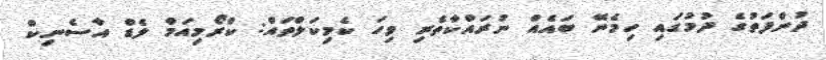
ދުންފަތުގެ ދުމުގައި ހިމެނޭ ބައެއް ނުރައްކާތެރި ވިހަ ކެމިކަލްތައް: ކްރޯމިއަމް ލެޑް އާސެނިކް